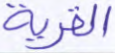
القرية